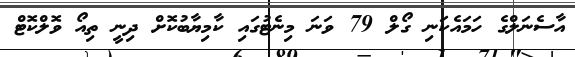
އާސެނަލްގެ ހަމައެކަނި ގޯލް 79 ވަނަ މިނެޓުގައި ކާމިޔާބުކޮށް ދިނީ ތިއޯ ވޮލްކޮޓް